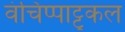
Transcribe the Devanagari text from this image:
वंचिप्पाट्टुकल